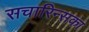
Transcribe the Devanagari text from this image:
सचारिन्सका